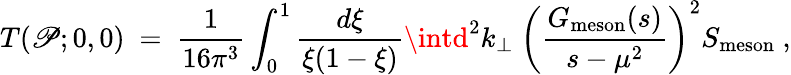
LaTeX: T(\mathscr{P};0,0)\ =\ \frac{1}{{16\pi^{3}}}\int_{0}^{1}\frac{{d\xi}}{{\xi(1-\xi)}}\intd^{2}k_{\perp}\ \left(\frac{{G_{\mathrm{{meson}}}(s)}}{{s-\mu^{2}}}\right)^{2}S_{\mathrm{{meson}}}\ ,